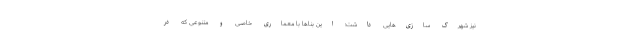
نیز شهرک سازی‌هایی داشت؛ این بناها با معماریِ خاصی و متنوعی که در